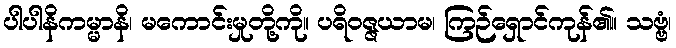
ပါပါနိကမ္မာနိ၊ မကောင်းမှုတို့ကို။ ပရိဝဇ္ဇယာမ၊ ကြဉ်ရှောင်ကုန်၏။ သဗ္ဗံ၊